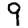
Digit: 9